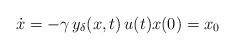
\begin{align*}\dot{x}= -\gamma \, y_\delta(x,t) \, u(t)x(0) = x_0\end{align*}